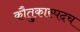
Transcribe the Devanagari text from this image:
कौतुकास्पदच